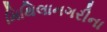
મિથિલાનગરીના